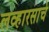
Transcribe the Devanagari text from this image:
लव्हारसाचे